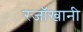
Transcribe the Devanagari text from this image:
रजॉखानी